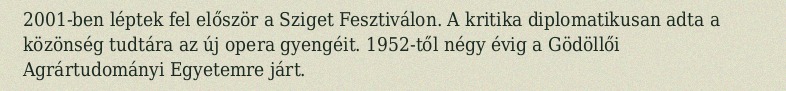
2001-ben léptek fel először a Sziget Fesztiválon. A kritika diplomatikusan adta a közönség tudtára az új opera gyengéit. 1952-től négy évig a Gödöllői Agrártudományi Egyetemre járt.